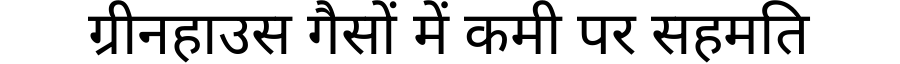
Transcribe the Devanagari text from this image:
ग्रीनहाउस गैसों में कमी पर सहमति